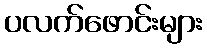
ပလက်ဖောင်းများ